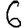
Digit: 6